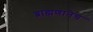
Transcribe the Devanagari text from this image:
ब्राह्मणानेच